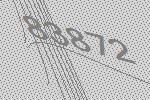
83872